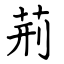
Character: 荊